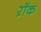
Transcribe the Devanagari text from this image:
ऱॉक